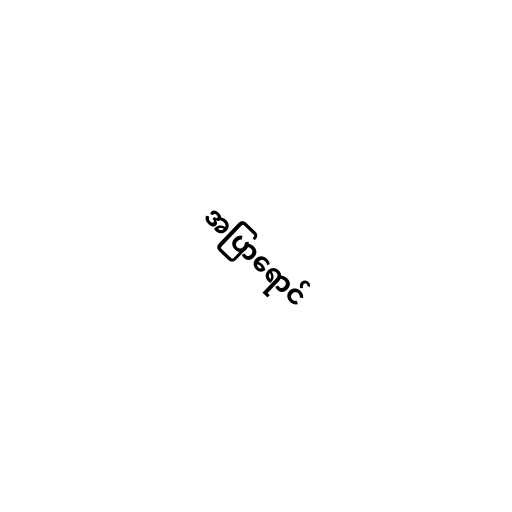
အပြာရောင်